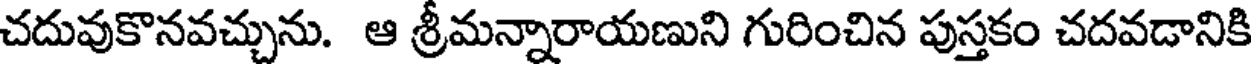
చదువుకొనవచ్చును. ఆ శ్రీమన్నారాయణుని గురించిన పుస్తకం చదవడానికి